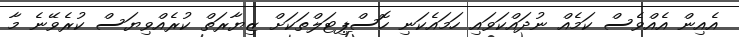
އެއިން އެއްވެސް ކަމެއް ނުދައްކަވައި ހަމައެކަނި ހޮސްޕިޓަލްތަކަށް ޒިޔާރަތް ކުރެއްވިޔަސް ކުރެވޭނެ މާ